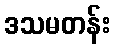
ဒသမတန်း